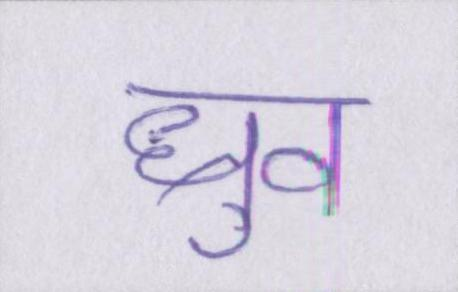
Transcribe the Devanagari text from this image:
ध्रुव